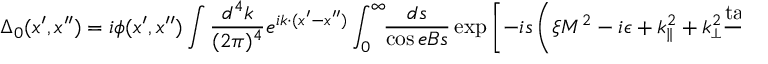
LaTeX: \Delta _ { 0 } ( x ^ { \prime } , x ^ { \prime \prime } ) = i \phi ( x ^ { \prime } , x ^ { \prime \prime } ) \int { \frac { d ^ { 4 } k } { ( 2 \pi ) ^ { 4 } } } e ^ { i k \cdot ( x ^ { \prime } - x ^ { \prime \prime } ) } \int _ { 0 } ^ { \infty } \! \! { \frac { d s } { \cos e B s } } \, { \exp { \left[ - i s \left( \xi M ^ { 2 } - i \epsilon + k _ { \scriptscriptstyle { \parallel } } ^ { 2 } + k _ { \scriptscriptstyle { \perp } } ^ { 2 } { \frac { \tan e B s } { e B s } } \right) \right] } } ,